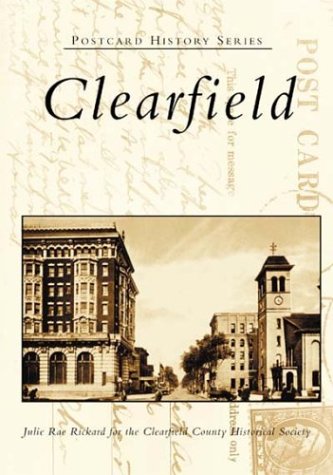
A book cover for Clearfield (Postcard History: Pennsylvania); Julie Rae Rickard; Crafts, Hobbies & Home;